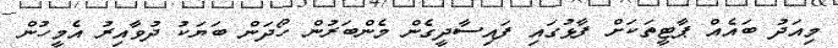
މިއަދު ބައެއް ޕާޓީތަކަށް ފާޅުގައި ފައިސާދީގެން މެންބަރުން ހޯދަން ބަޔަކު ދުވާއިރު އެމީހުން